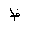
Letter: _za